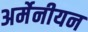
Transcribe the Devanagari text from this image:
अर्मेनीयन